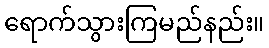
ရောက်သွားကြမည်နည်း။